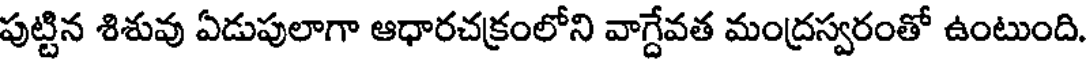
పుట్టిన శిశువు ఏడుపులాగా ఆధారచక్రంలోని వాగ్దేవత మంద్రస్వరంతో ఉంటుంది.